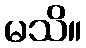
မသိ။